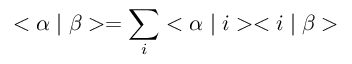
< \alpha \mid \beta > = \sum _ { i } ^ { } < \alpha \mid i > < i \mid \beta >